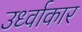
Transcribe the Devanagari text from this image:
उर्ध्वाकार